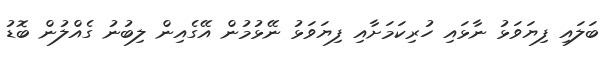
ބަލައި ފިޔަވަޅު ނާޅައި ހުރިކަމަށާއި ފިޔަވަޅު ނޭޅުމުން އޭގެއިން ލިބުނު ގެއްލުން ބޮޑު